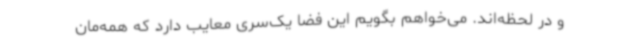
و در لحظه‌اند. می‌خواهم بگویم این فضا یک‌سری معایب دارد که همه‌مان